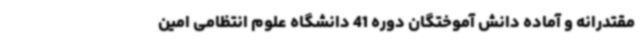
مقتدرانه و آماده دانش آموختگان دوره 41 دانشگاه علوم انتظامی امین